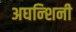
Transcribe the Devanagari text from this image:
अघन्शिनी